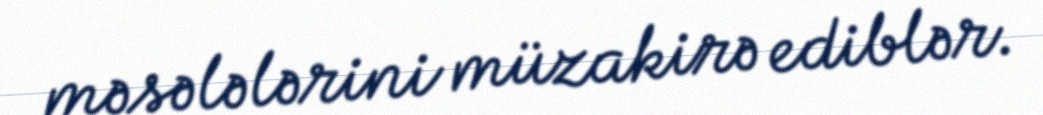
məsələlərini müzakirə ediblər.